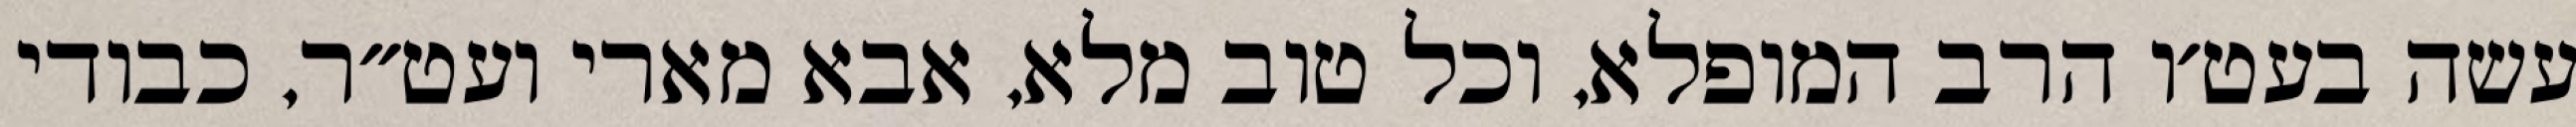
עשה בעט׳ו הרב המופלא, וכל טוב מלא, אבא מארי ועט״ר, כבודי